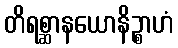
တိရစ္ဆာနယောနိဉ္စာဟံ